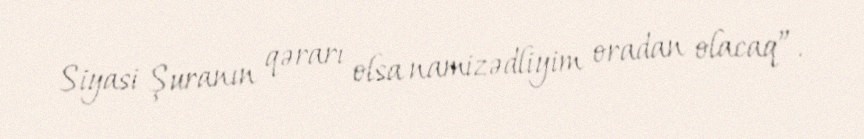
Siyasi Şuranın qərarı olsa namizədliyim oradan olacaq”.